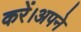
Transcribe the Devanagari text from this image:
करें।अपने